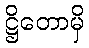
ဋ္ဌိတောမှိ